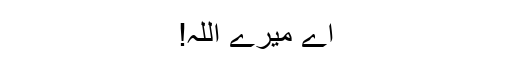
اے میرے اللہ!